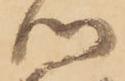
心